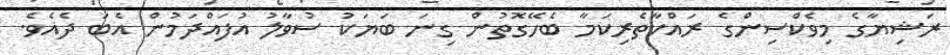
ރަޝިޔާގެ މިވެކްސިންގެ ރައްކާތެރިކަމާ ބެހޭގޮތުން ގިނަ ބަޔަކު ސުވާލު އުފައްދަމުން އެބަ ދެއެވެ.